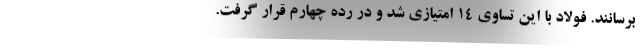
برسانند. فولاد با این تساوی ۱۴ امتیازی شد و در رده چهارم قرار گرفت.